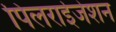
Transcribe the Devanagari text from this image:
पिलराईजेशन